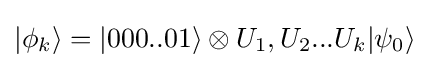
|\phi _{k}\rangle =|000..01\rangle \otimes U_{1},U_{2}...U_{k}|\psi _{0}\rangle